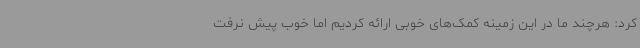
کرد: هرچند ما در این زمینه کمک‌های خوبی ارائه کردیم اما خوب پیش نرفت